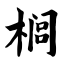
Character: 榈